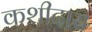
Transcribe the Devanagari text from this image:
कशीदास